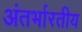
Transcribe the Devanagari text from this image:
अंतर्भारतीय